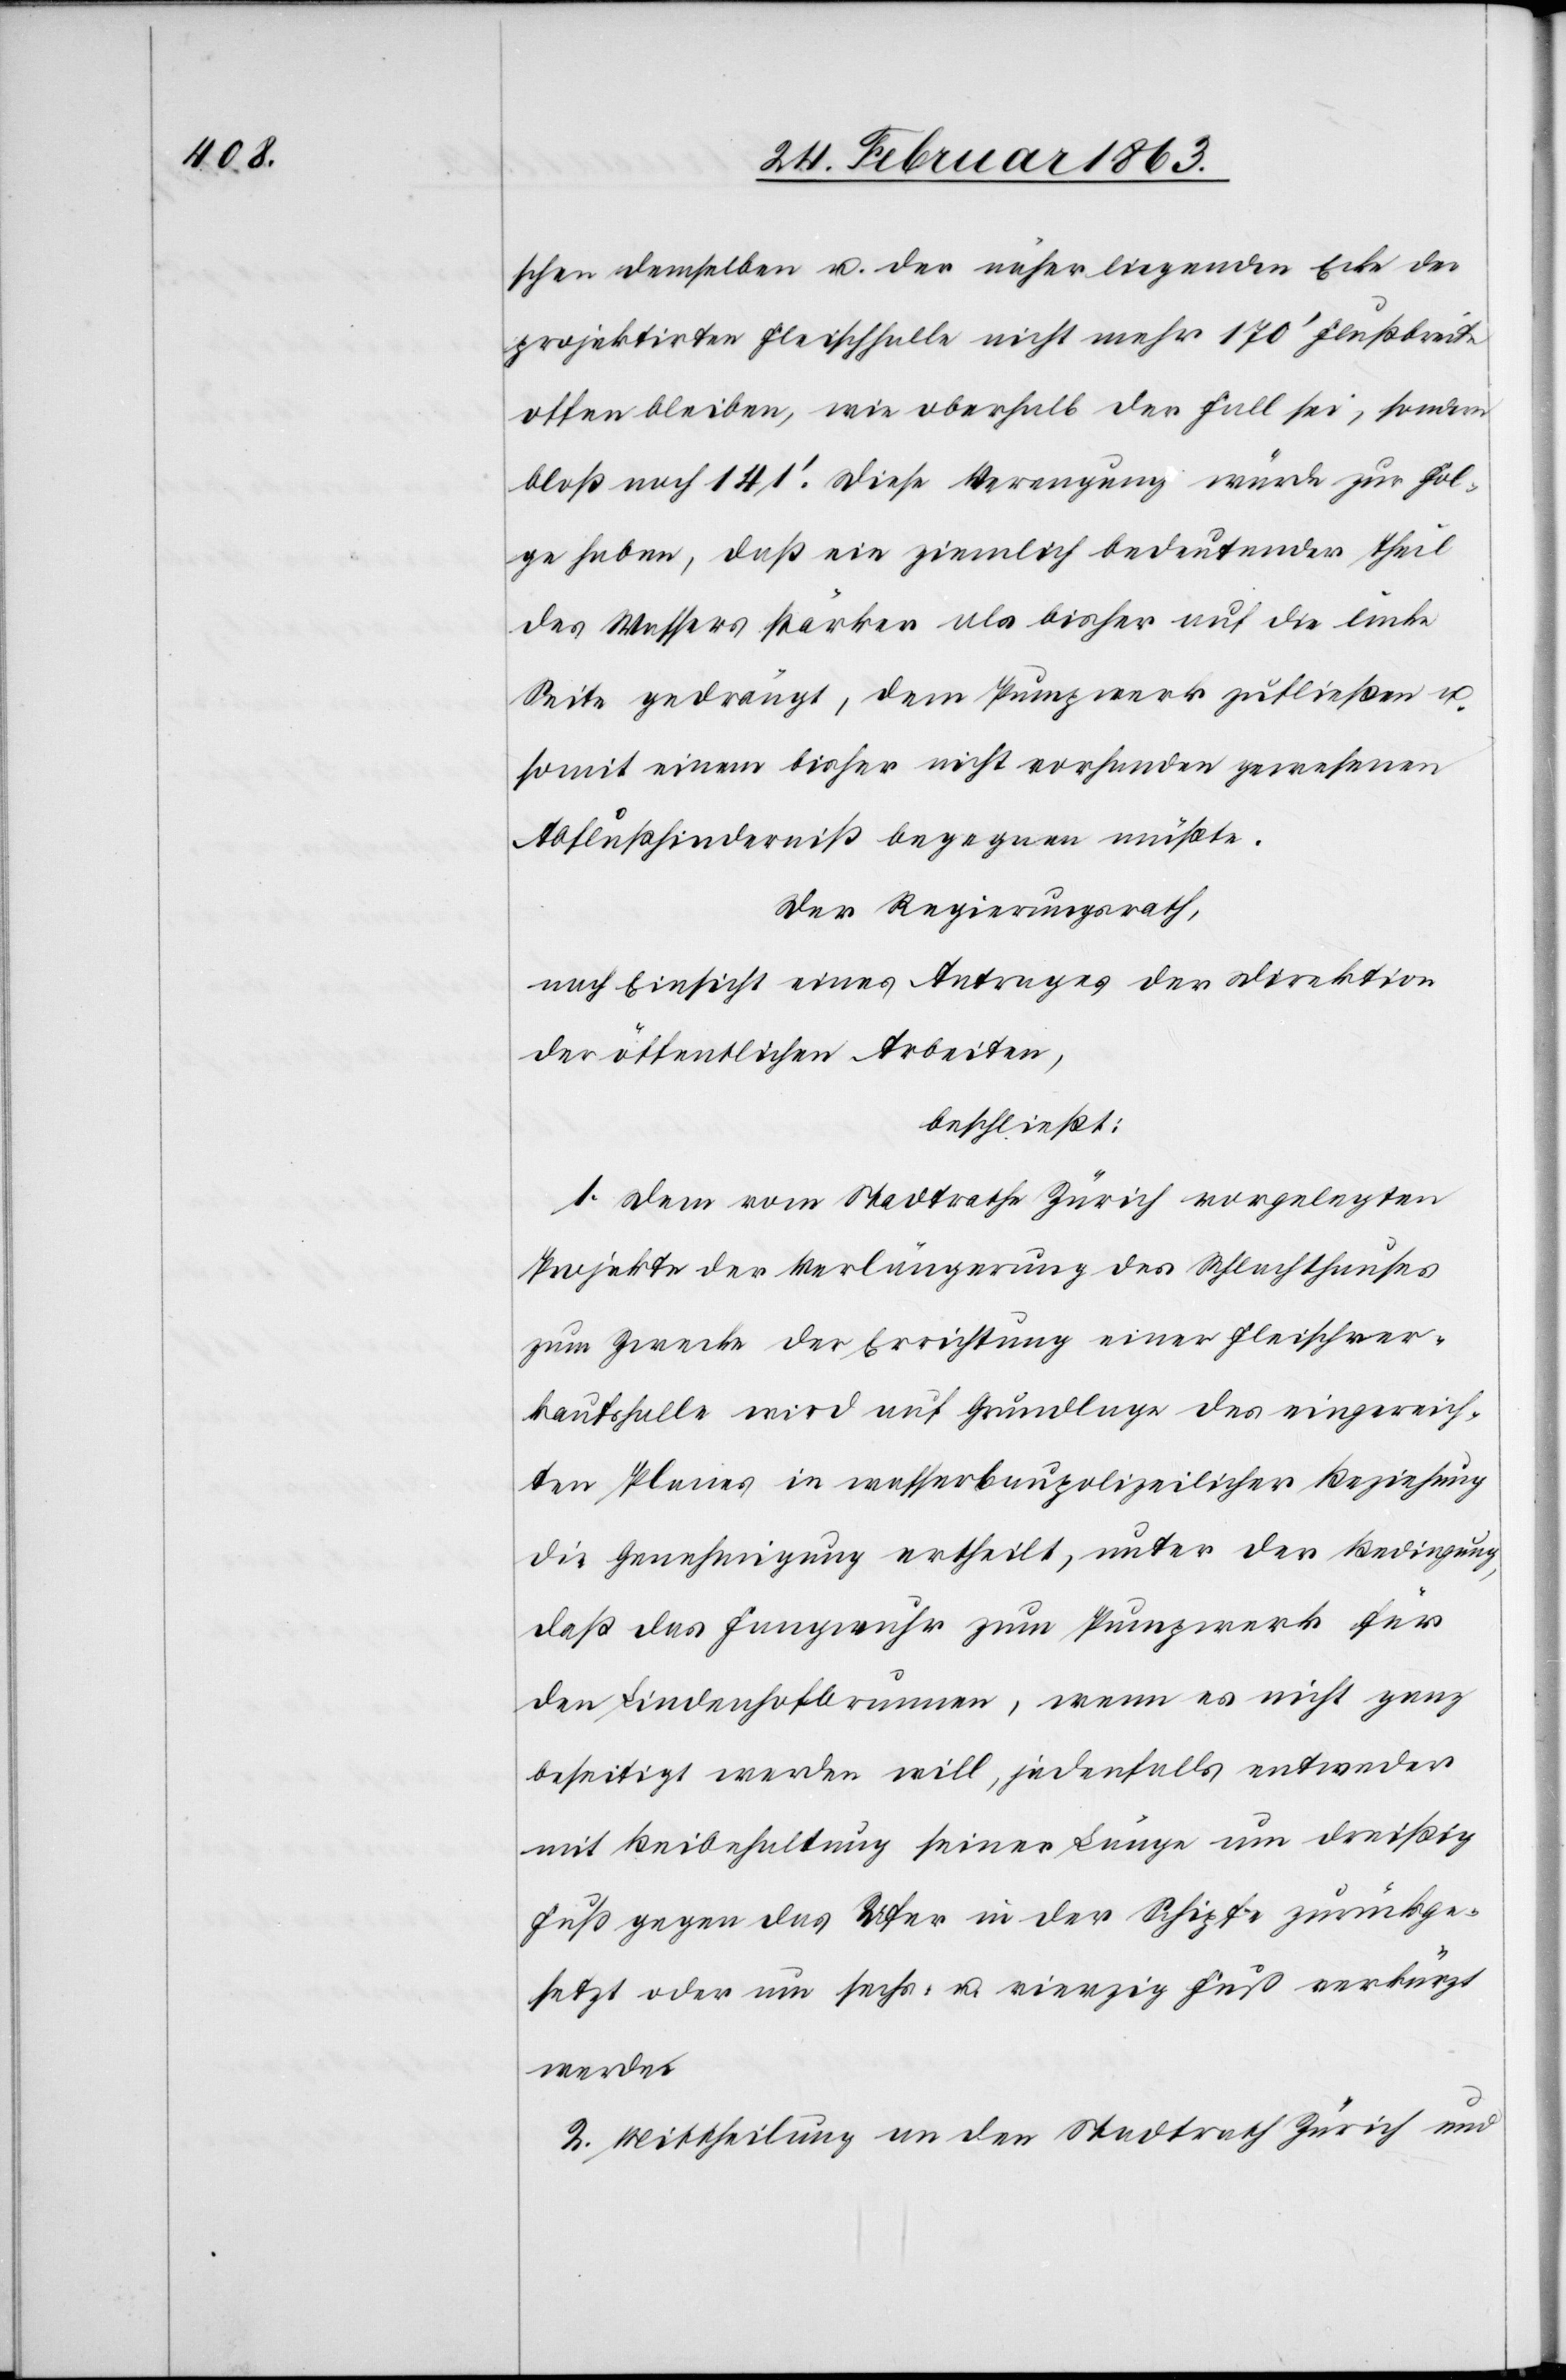
schen demselben u. der näher liegenden Ecke der
projektirten Fleischhalle nicht mehr 170' Flußbreite
offen bleiben, wie oberhalb der Fall sei, sondern
bloß noch 141'. Diese Verengung würde zur Fol¬
ge haben, daß ein ziemlich bedeutender Theil
des Wassers stärker als bisher auf die linke
Seite gedrängt, dem Pumpwerk zufließen u.
somit einem bisher nicht vorhanden gewesenen
Abflußhinderniß begegnen müßte.
Der Regierungsrath,
nach Einsicht eines Antrages der Direktion
der öffentlichen Arbeiten,
beschließt:
1. Dem vom Stadtrathe Zürich vorgelegten
Projekte der Verlängerung des Schlachthauses
zum Zwecke der Errichtung einer Fleischver¬
kaufshalle wird auf Grundlage des eingereich¬
ten Planes in wasserbaupolizeilicher Beziehung
die Genehmigung ertheilt, unter der Bedingung,
daß das Fangwuhr zum Pumpwerk für
den Lindenhofbrunnen, wenn es nicht ganz
beseitigt werden will, jedenfalls entweder
mit Beibehaltung seiner Länge um dreißig
Fuß gegen das Ufer in der Schipfe zurückge¬
setzt oder um sechs- u. vierzig Fuß verkürzt
werde.
2. Mittheilung an den Stadtrath Zürich und